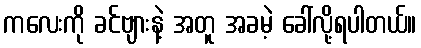
ကလေးကို ခင်ဗျားနဲ့ အတူ အခမဲ့ ခေါ်လို့ရပါတယ်။